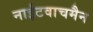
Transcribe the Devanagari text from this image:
नाईटवाचमैन